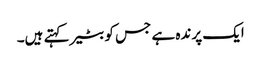
ایک پرندہ ہے جس کو بٹیر کہتے ہیں۔